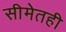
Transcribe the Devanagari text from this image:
सीमेतही